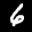
Label: 6